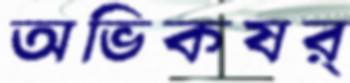
অভিকষর্